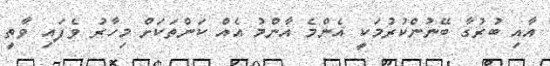
އާއި ބުރުގާ ބޭނުންކުރުމަކީ އެންމެ އާންމު އެއް ކަންތަކަށް މިހާރު ވެފައި ވާތީ